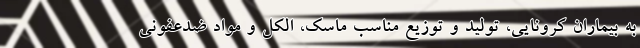
به بیماران کرونایی، تولید و توزیع مناسب ماسک، الکل و مواد ضدعفونی